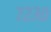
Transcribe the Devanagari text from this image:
७२३०